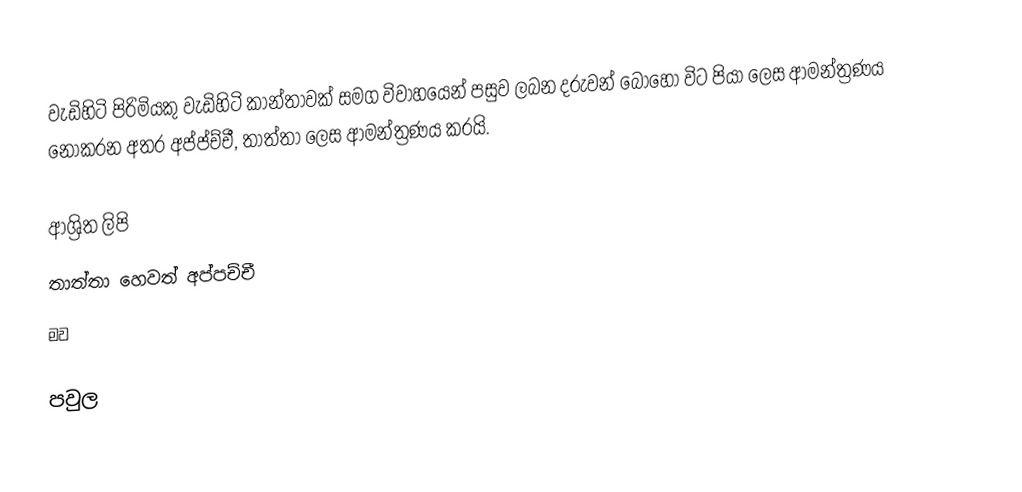
වැඩිහිටි පිරිමියකු වැඩිහිටි කාන්තාවක් සමග විවාහයෙන් පසුව ලබන දරුවන් බොහෝ විට පියා ලෙස ආමන්ත්‍රණය නොකරන අතර අප්ප්ච්චී, තාත්තා ලෙස ආමන්ත්‍රණය කරයි.

ආශ්‍රිත ලිපි
 තාත්තා හෙවත් අප්පච්චී
 මව

පවුල